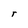
Character: r